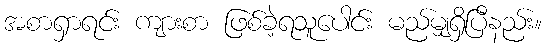
အစာရှာရင်း ကျားစာ ဖြစ်ခဲ့ရသူပေါင်း မည်မျှရှိပြီနည်း။